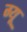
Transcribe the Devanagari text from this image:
ग्यू